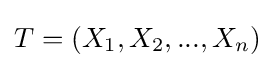
T=(X_{1},X_{2},...,X_{n})